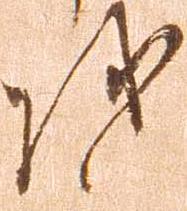
越